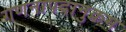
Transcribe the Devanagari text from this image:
गणनापदानुक्रम